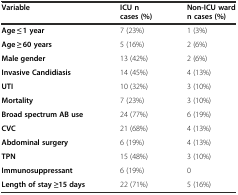
| Variable | ICU n cases (%) | Non-ICU ward n cases (%) |
 | --- | --- | --- |
 | Age ≤ 1 year | 7 (23%) | 1 (3%) |
 | Age ≥ 60 years | 5 (16%) | 2 (6%) |
 | Male gender | 13 (42%) | 2 (6%) |
 | Invasive Candidiasis | 14 (45%) | 4 (13%) |
 | UTI | 10 (32%) | 3 (10%) |
 | Mortality | 7 (23%) | 3 (10%) |
 | Broad spectrum AB use | 24 (77%) | 6 (19%) |
 | CVC | 21 (68%) | 4 (13%) |
 | Abdominal surgery | 6 (19%) | 4 (13%) |
 | TPN | 15 (48%) | 3 (10%) |
 | Immunosuppressant | 6 (19%) | 0 |
 | Length of stay ≥15 days | 22 (71%) | 5 (16%) |